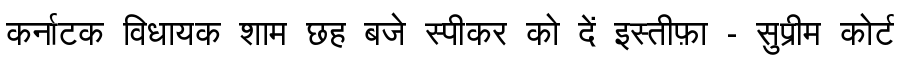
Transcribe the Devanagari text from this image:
कर्नाटक विधायक शाम छह बजे स्पीकर को दें इस्तीफ़ा - सुप्रीम कोर्ट